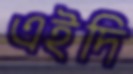
এইদি